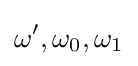
\omega ',\omega _{0},\omega _{1}